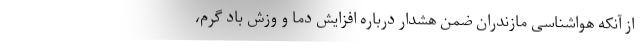
از آنکه هواشناسی مازندران ضمن هشدار درباره افزایش دما و وزش باد گرم،